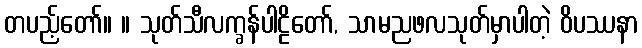
တပည့်တော်။ ။ သုတ်သီလက္ခန်ပါဠိတော်, သာမညဖလသုတ်မှာပါတဲ့ ဝိပဿနာ